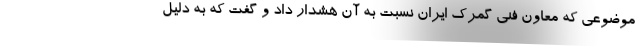
موضوعی که معاون فنی گمرک ایران نسبت به آن هشدار داد و گفت که به دلیل